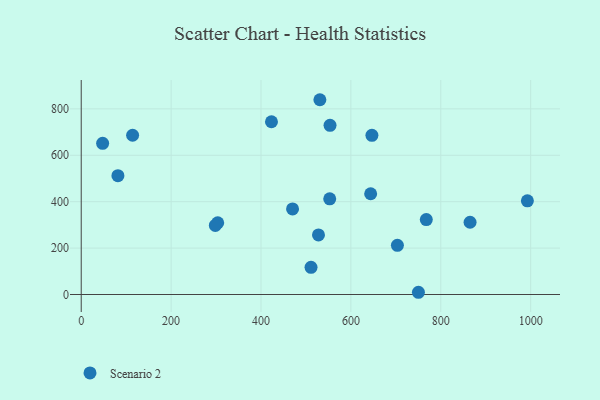
{"axis": {"x": "Study Hours", "y": "Rating"}, "legend": ["Scenario 2"], "data": [{"x": "531.0", "y": 839.5, "type": "Scenario 2"}, {"x": "47.6", "y": 651.4, "type": "Scenario 2"}, {"x": "992.7", "y": 403.9, "type": "Scenario 2"}, {"x": "423.3", "y": 744.5, "type": "Scenario 2"}, {"x": "552.9", "y": 412.4, "type": "Scenario 2"}, {"x": "703.5", "y": 212.1, "type": "Scenario 2"}, {"x": "303.7", "y": 309.3, "type": "Scenario 2"}, {"x": "865.2", "y": 311.5, "type": "Scenario 2"}, {"x": "646.8", "y": 686.1, "type": "Scenario 2"}, {"x": "750.3", "y": 9.6, "type": "Scenario 2"}, {"x": "527.9", "y": 256.9, "type": "Scenario 2"}, {"x": "81.6", "y": 512.0, "type": "Scenario 2"}, {"x": "767.8", "y": 323.0, "type": "Scenario 2"}, {"x": "553.6", "y": 729.2, "type": "Scenario 2"}, {"x": "114.3", "y": 686.4, "type": "Scenario 2"}, {"x": "511.3", "y": 117.2, "type": "Scenario 2"}, {"x": "644.0", "y": 434.3, "type": "Scenario 2"}, {"x": "470.2", "y": 368.7, "type": "Scenario 2"}, {"x": "298.4", "y": 297.6, "type": "Scenario 2"}]}